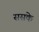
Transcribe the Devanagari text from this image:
ससके